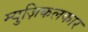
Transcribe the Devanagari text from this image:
म्युज़िकलकार